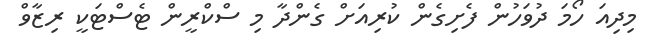
މިދިއަ ހޯމަ ދުވަހުން ފެށިގެން ކުރިއަށް ގެންދާ މި ސްކްރީން ޓެސްޓަކީ ރިޒާވް